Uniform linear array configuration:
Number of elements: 12
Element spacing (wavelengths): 0.5
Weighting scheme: exponential
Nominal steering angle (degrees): -45
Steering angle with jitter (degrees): -44.727
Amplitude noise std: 0.05
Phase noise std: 0.05

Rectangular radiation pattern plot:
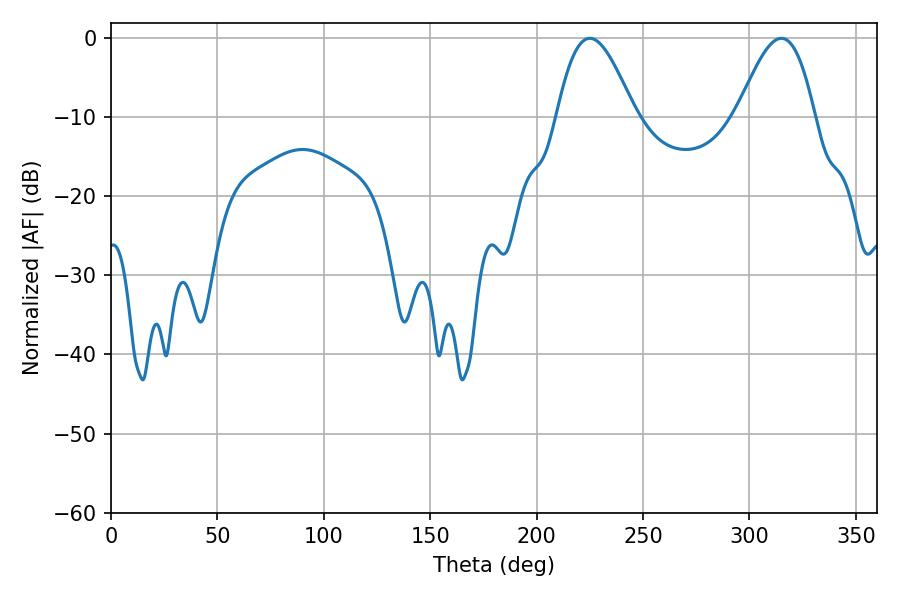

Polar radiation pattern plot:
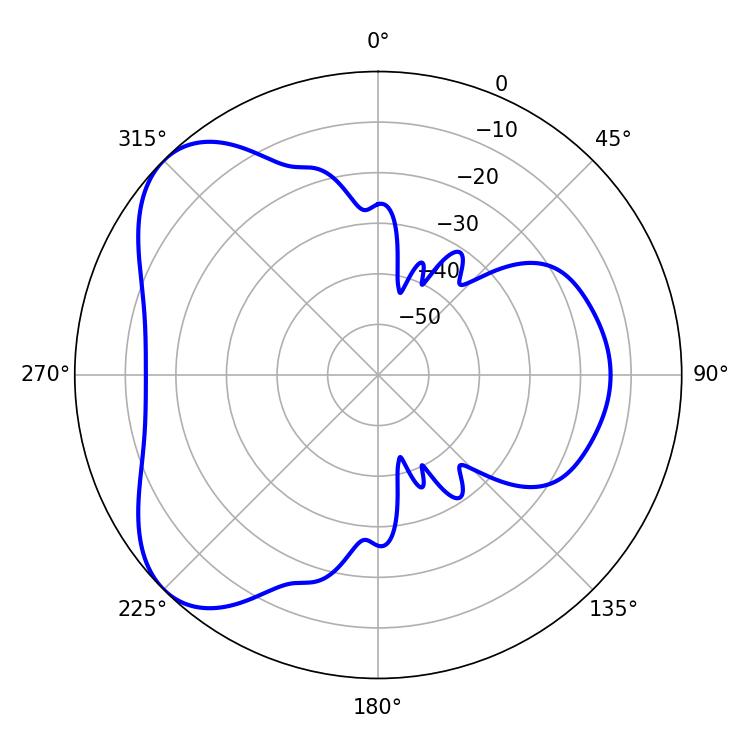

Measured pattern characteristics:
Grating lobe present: FALSE
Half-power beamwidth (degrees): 19.62
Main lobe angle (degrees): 225